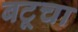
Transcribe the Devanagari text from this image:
बटूचा